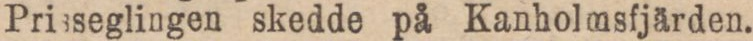
Prisseglingen skedde på Kanholmsfjärden.